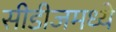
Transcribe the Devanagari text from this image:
सीडीजमध्ये